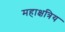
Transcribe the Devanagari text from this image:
महाक्षत्रिय